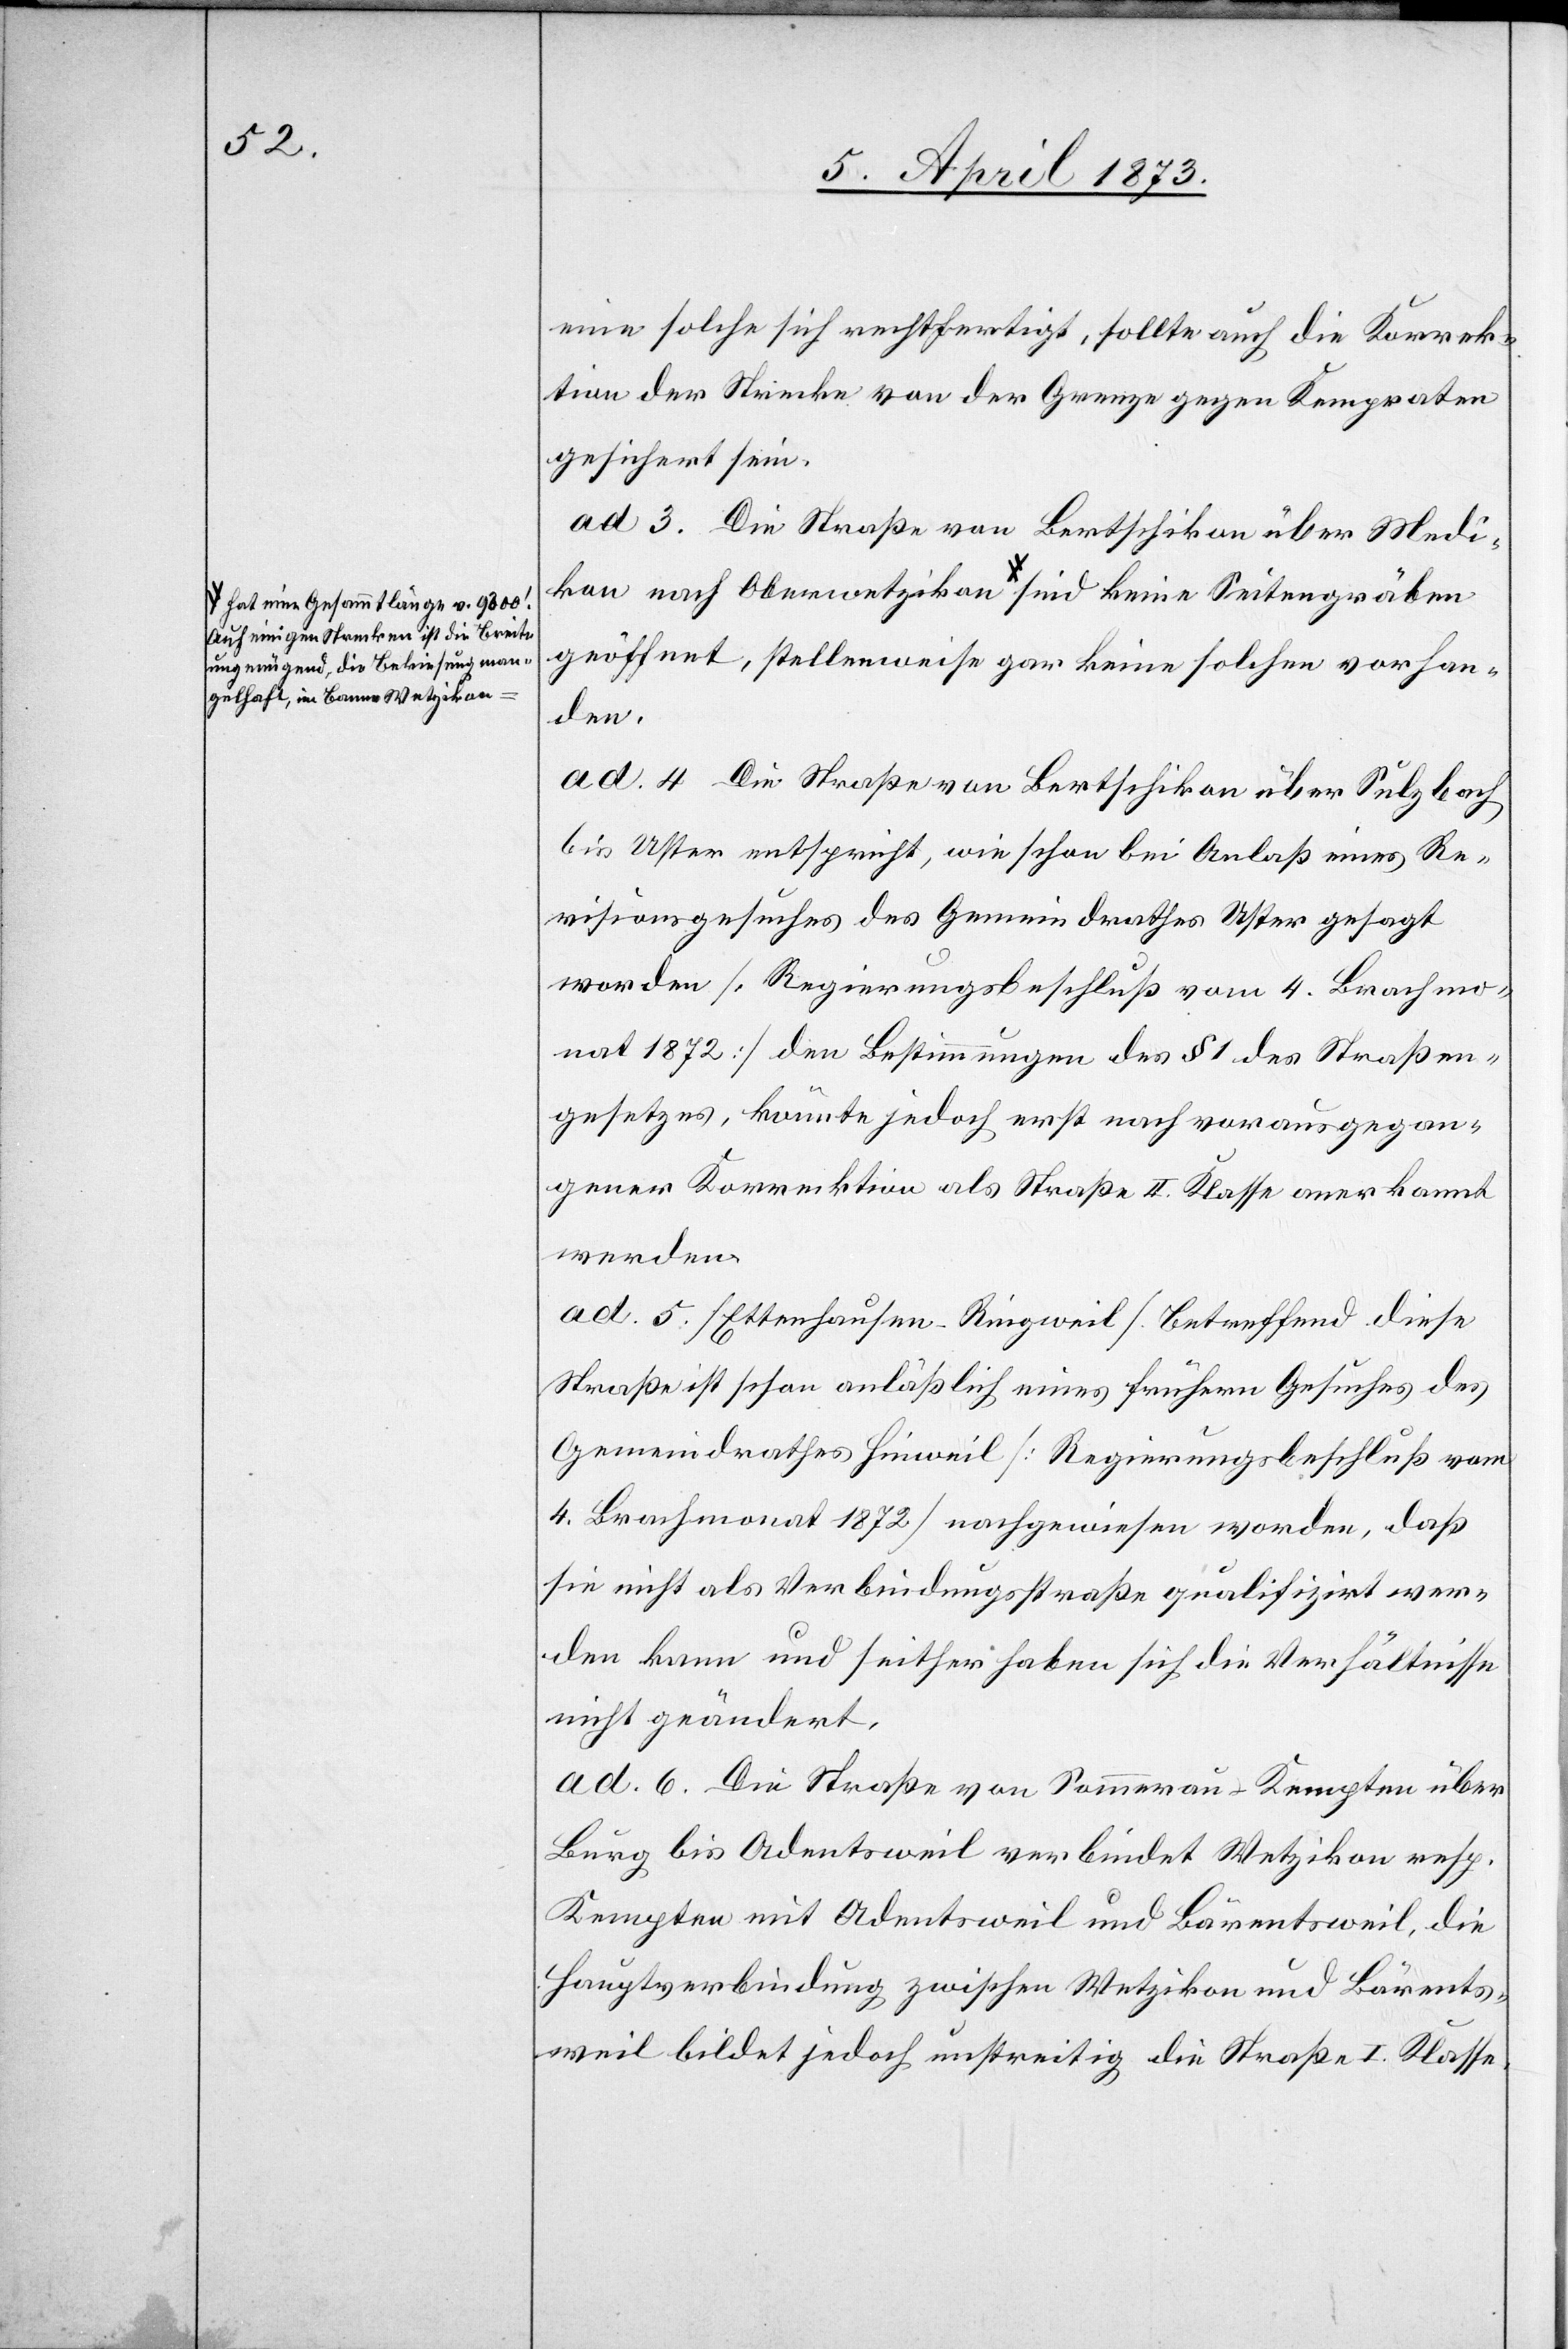
Auf einigen Strecken ist die Breite
ungenügend, die Bekiesung man¬
gelhaft, im Banne Wetzikon-a

eine solche sich rechtfertigt, sollte auch die Korrek¬
tion der Strecke von der Grenze gegen Kempraten
gesichert sein.
ad 3. Die Straße von Bertschikon über Medi¬
kon nach Oberwetzikon a-hat eine Gesammtlänge
geöffnet, stellenweise gar keine solchen vorhan¬
den.
ad. 4. Die Straße von Bertschikon über Sulzbach
bis Uster entspricht, wie schon bei Anlaß eines Re¬
visionsgesuches des Gemeindrathes Uster gesagt
worden [Regierungsbeschluß vom 4. Brachmo¬
nat 1872] den Bestimmungen des § 1 des Straßen¬
gesetzes, könnte jedoch erst nach vorausgegan¬
gener Korrektion als Straße II. Klasse anerkannt
werden.
ad. 5. [Ettenhausen–Ringweil] betreffend diese
Straße ist schon anläßlich eines frühern Gesuches des
Gemeindrathes Hinweil [Regierungsbeschluß vom
4. Brachmonat 1872] nachgewiesen worden, daß
sie nicht als Verbindungsstraße qualifizirt wer¬
den kann und seither haben sich die Verhältnisse
nicht geändert.
ad. 6. Die Straße von Sommerau–Kempten über
Burg bis Adentsweil verbindet Wetzikon resp.
Kempten mit Adentsweil und Bärentsweil, die
Hauptverbindung zwischen Wetzikon und Bärents¬
weil bildet jedoch unstreitig die Straße I. Klasse.